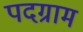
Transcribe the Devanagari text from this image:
पदग्राम